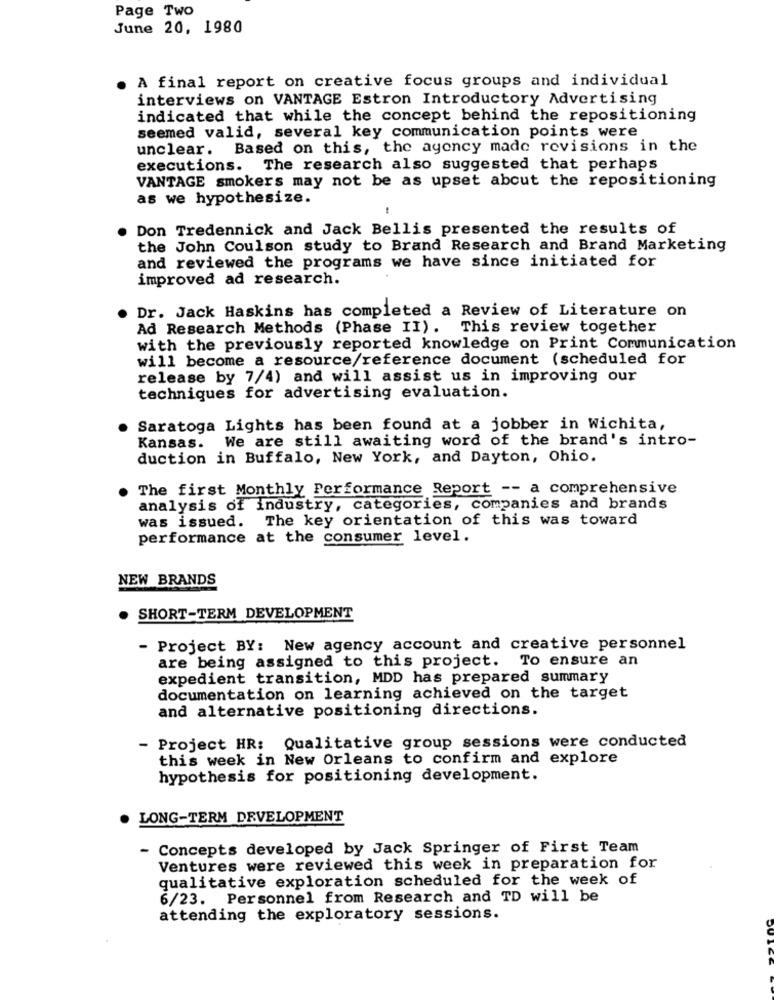
Page Two
June 20, 1980
A final report on creative focus groups and individual
interviews on VANTAGE Estron Introductory Advertising
indicated that while the concept behind the repositioning
seemed valid, several key communication points were
unclear. Based on this, the agency made revisions in the
executions. The research also suggested that perhaps
VANTAGE smokers may not be as upset about the repositioning
as we hypothesize.
Don Tredennick and Jack Bellis presented the results of
the John Coulson study to Brand Research and Brand Marketing
and reviewed the programs we have since initiated for
improved ad research.
Dr. Jack Haskins has completed a Review of Literature on
Ad Research Methods (Phase II). This review together
with the previously reported knowledge on Print Communication
will become a resource/reference document (scheduled for
release by 7/4) and will assist us in improving our
techniques for advertising evaluation.
Saratoga Lights has been found at a jobber in Wichita,
Kansas. We are still awaiting word of the brand's intro-
duction in Buffalo, New York, and Dayton, Ohio.
The first Monthly Performance Report -- a comprehensive
analysis of industry, categories, companies and brands
was issued. The key orientation of this was toward
performance at the consumer level.
NEW BRANDS
. SHORT-TERM DEVELOPMENT
- Project BY: New agency account and creative personnel
are being assigned to this project. To ensure an
expedient transition, MDD has prepared summary
documentation on learning achieved on the target
and alternative positioning directions.
Project HR: Qualitative group sessions were conducted
this week in New Orleans to confirm and explore
hypothesis for positioning development.
LONG-TERM DEVELOPMENT
- Concepts developed by Jack Springer of First Team
Ventures were reviewed this week in preparation for
qualitative exploration scheduled for the week of
6/23. Personnel from Research and TD will be
attending the exploratory sessions.